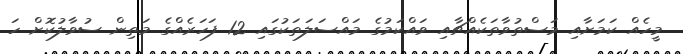
މީހެއް ކަމަށާއި މަސްތުވާތަކެއްޗާއި ވައްކަމުގެ މައްސަލަތަކުގައި 12 ފަހަރެއްގެ މަތިން ސުވާލުކޮށް ހަ